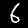
Label: 6